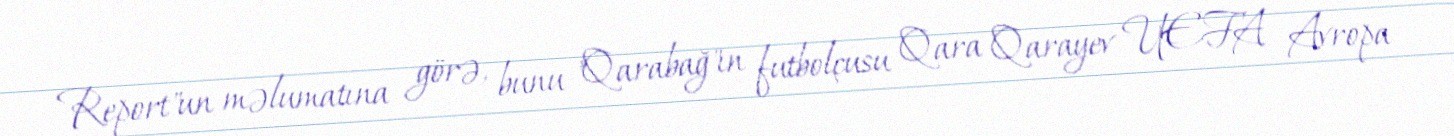
Report"un məlumatına görə, bunu "Qarabağ"ın futbolçusu Qara Qarayev UEFA Avropa